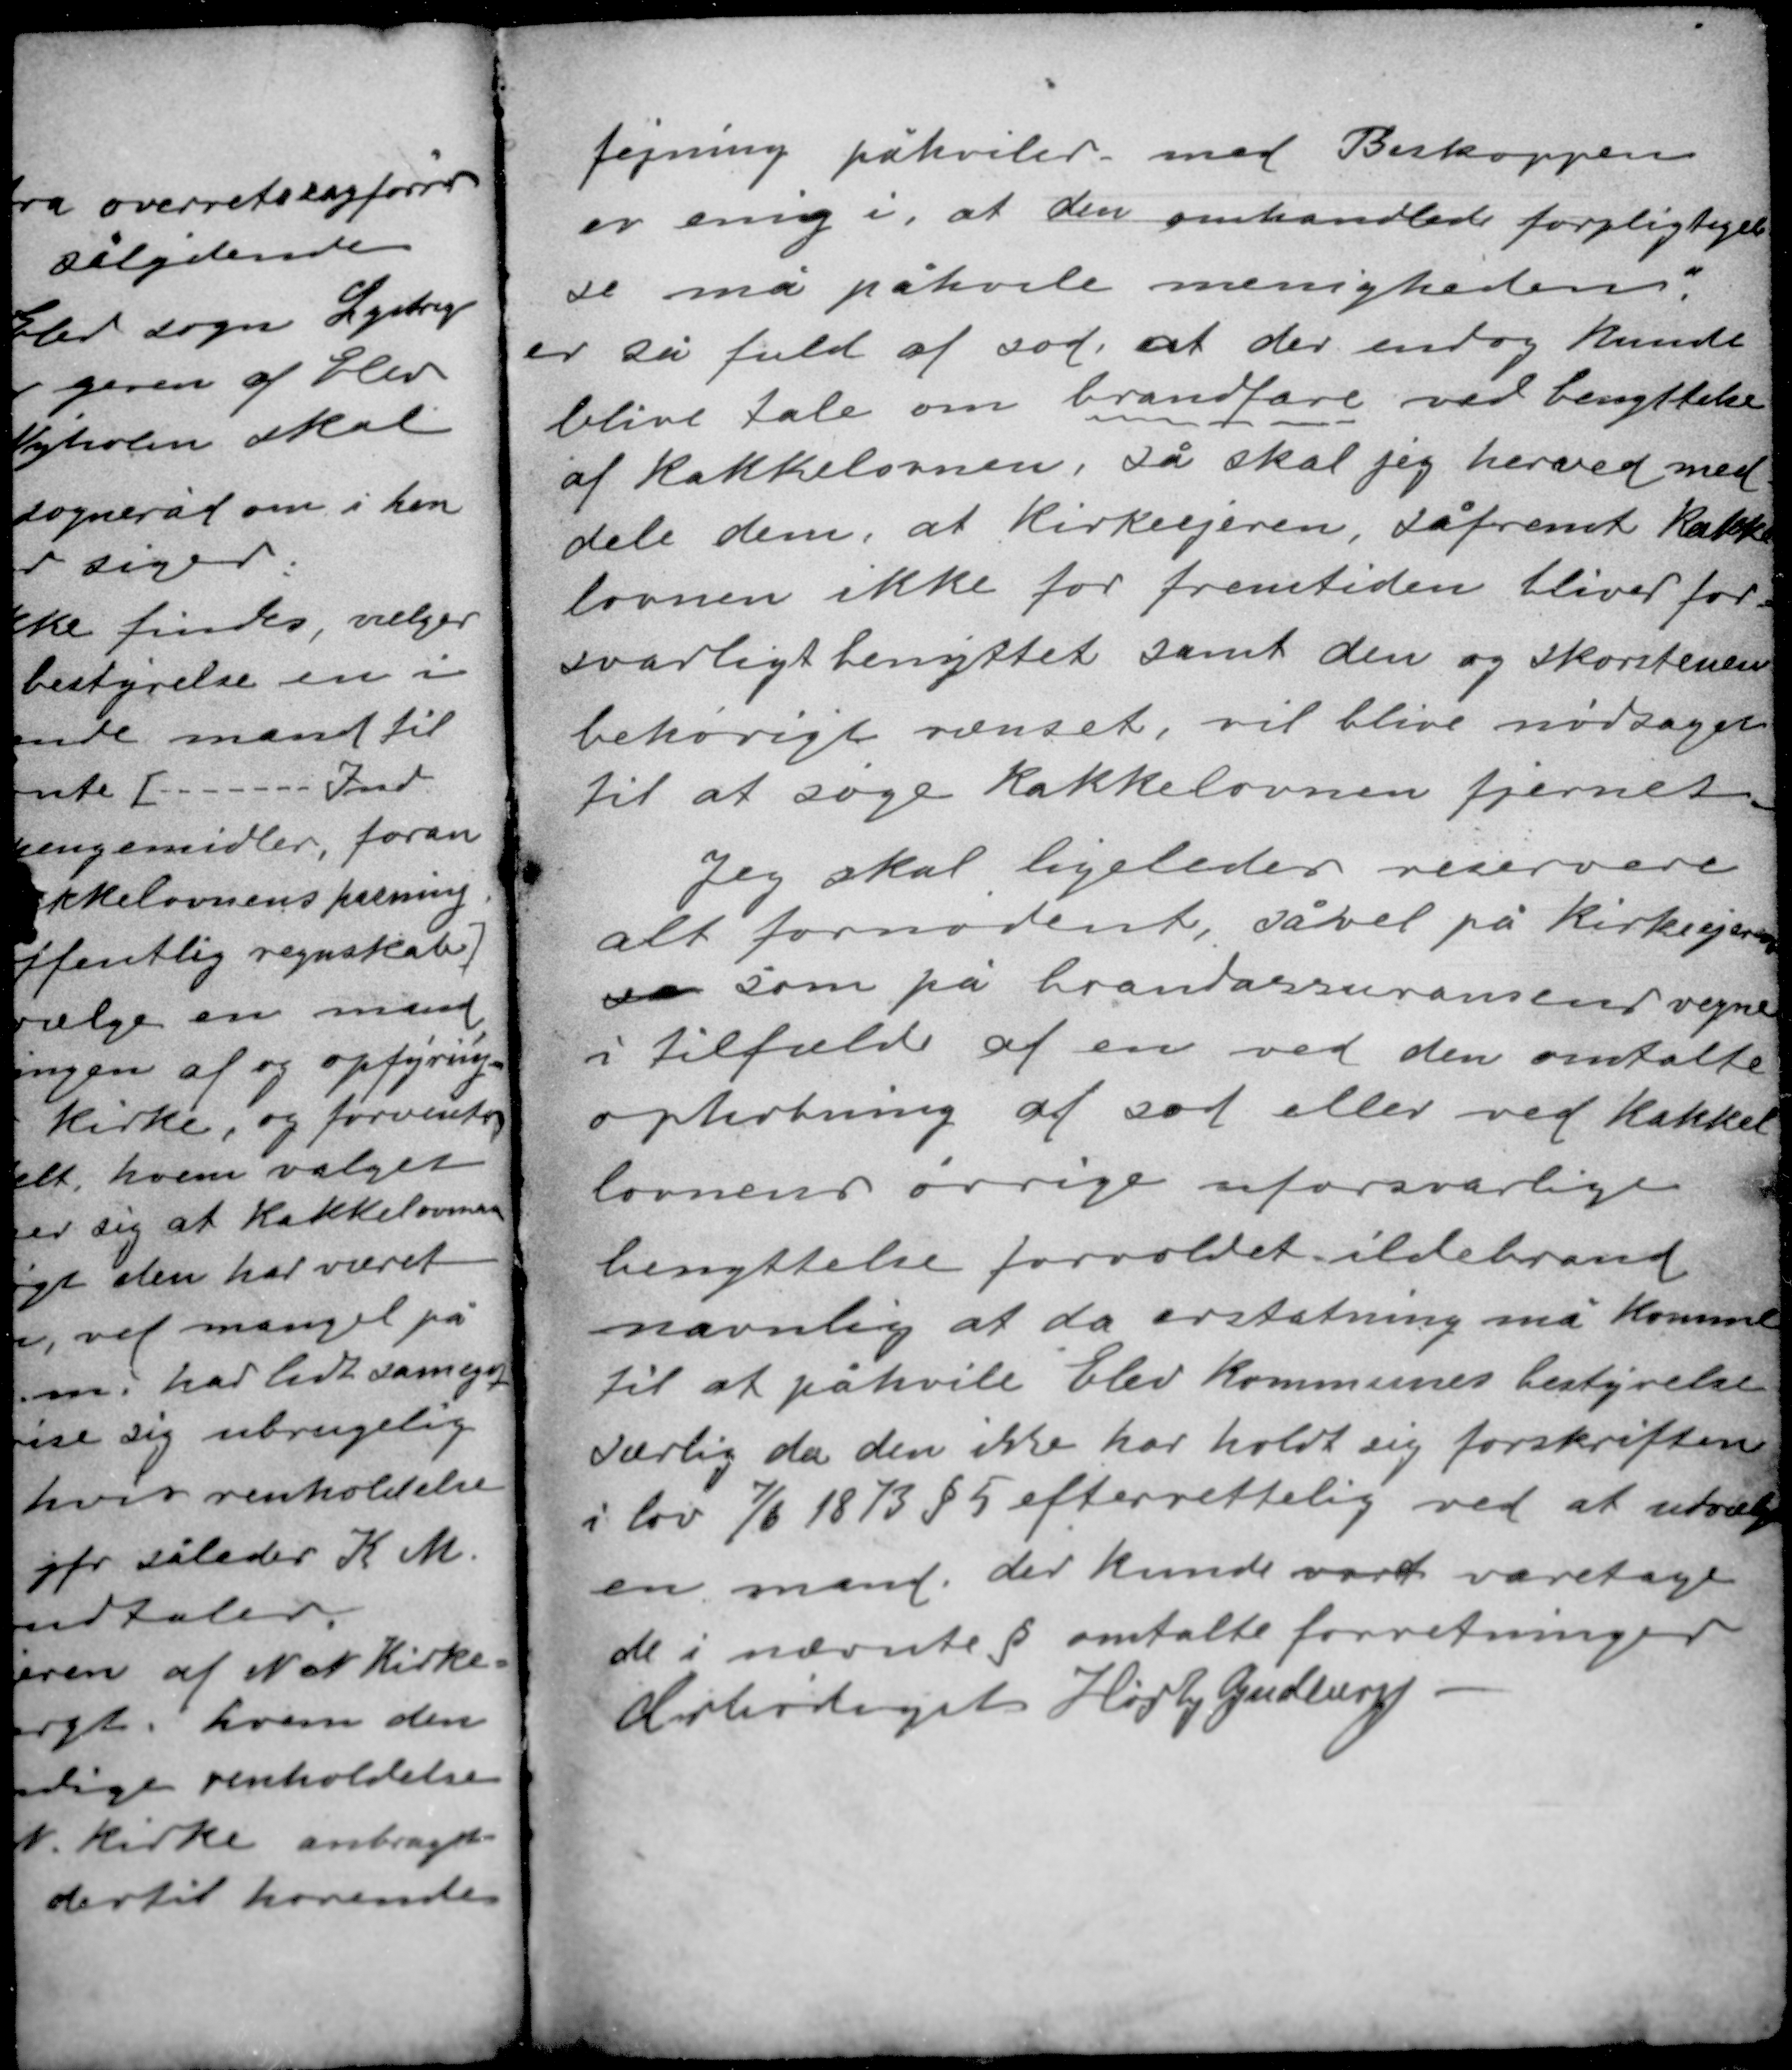
Transskription:
fejning påhviler med Biskoppen
er enig i, at den omhandlede forpligtel-
se må påhvile menigheden",
er så fuld af sod, at der endog kunde
blive tale om brandfare ved benyttelse
af kakkelovnen, så skal jeg herved med-
dele dem, at kirkeejeren, såfremt kakke-
lovnen ikke for fremtiden bliver for
svarligt benyttet samt den og skorstenen
behørigt renset, vil blive nødsaget
til at søge kakkelovnen fjernet.

Jeg skal ligeledes reservere
alt fornødent, såvel på kirkeejerens
se som på brandassurancens vegne
i tilfælde af en ved den omtalte
ophobning af sod eller ved kakkel-
lovnens øvrige uforsvarlige
benyttelse forvoldet ildebrand
navnlig at da erstatning må komme
til at påhvile Elev kommunes bestyrelse
særlig da den ikke har holdt sig forskriften
i lov 7/6 1873 § 5 efterrettelig ved at udvælge
en mand, der kunde vart varetage
de i nævnte § omtalte forretninger
Ærbødigst Høgh Guldberg.